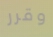
وقرر